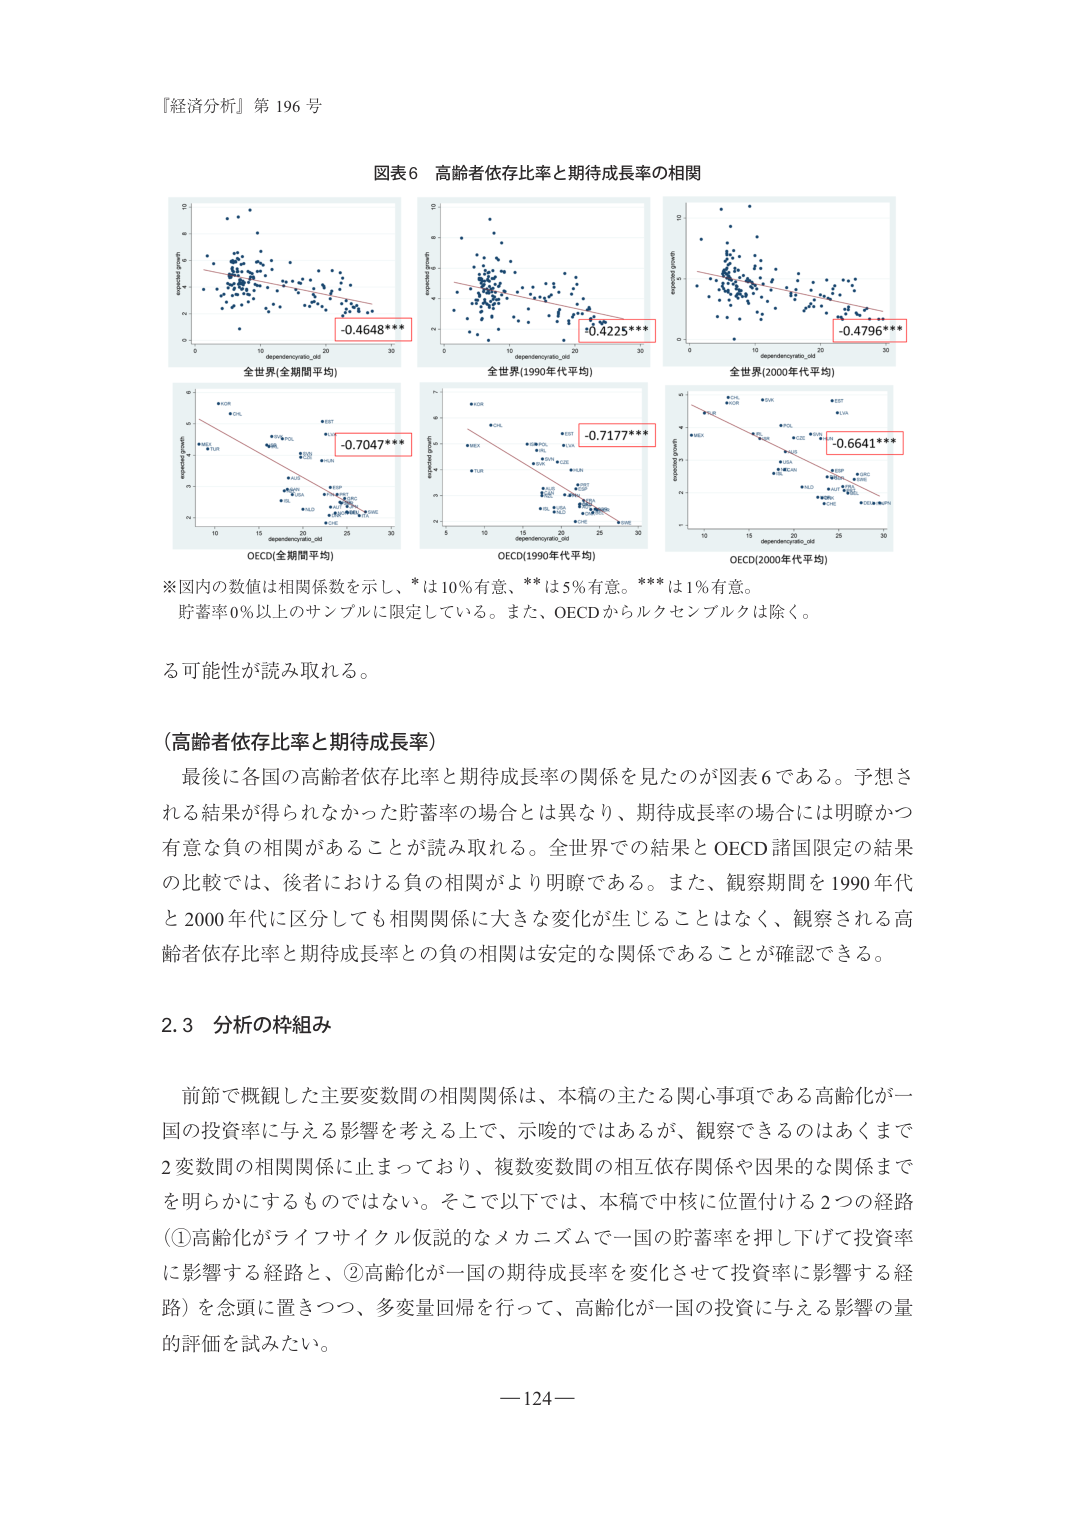
『経済分析』第 196 号

図表6 高齢者依存比率と期待成長率の相関

-0.4648***
-0.4225***
-0.4796***
-0.7047***
-0.7177***
-0.6641***

全世界(全期間平均)
全世界(1990年代平均)
全世界(2000年代平均)
OECD(全期間平均)
OECD(1990年代平均)
OECD(2000年代平均)

※図内の数値は相関係数を示し、*は10%有意、**は5%有意。***は1%有意。
貯蓄率0%以上のサンプルに限定している。また、OECDからルクセンブルクは除く。

る可能性が読み取れる。

（高齢者依存比率と期待成長率）
最後に各国の高齢者依存比率と期待成長率の関係を見たのが図表6である。予想される結果が得られなかった貯蓄率の場合とは異なり、期待成長率の場合には明瞭かつ有意な負の相関があることが読み取れる。全世界での結果とOECD諸国限定の結果の比較では、後者における負の相関がより明瞭である。また、観察期間を1990年代と2000年代に区分しても相関関係に大きな変化が生じることはなく、観察される高齢者依存比率と期待成長率との負の相関は安定的な関係であることが確認できる。

2.3 分析の枠組み

前節で概観した主要変数間の相関関係は、本稿の主たる関心事項である高齢化が一国の投資率に与える影響を考える上で、示唆的ではあるが、観察できるのはあくまで2変数間の相関関係に止まっており、複数変数間の相互依存関係や因果的な関係までを明らかにするものではない。そこで以下では、本稿で中核に位置付ける2つの経路（①高齢化がライフサイクル仮説的なメカニズムで一国の貯蓄率を押し下げて投資率に影響する経路と、②高齢化が一国の期待成長率を変化させて投資率に影響する経路）を念頭に置きつつ、多変量回帰を行って、高齢化が一国の投資に与える影響の量的評価を試みたい。

—124—